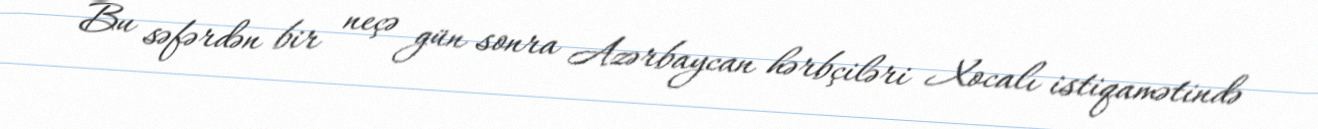
Bu səfərdən bir neçə gün sonra Azərbaycan hərbçiləri Xocalı istiqamətində